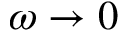
\omega \rightarrow 0